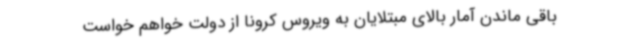
باقی ماندن آمار بالای مبتلایان به ویروس کرونا از دولت خواهم خواست